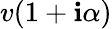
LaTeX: v(1+\mathbf{i}\alpha)